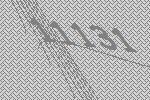
11131